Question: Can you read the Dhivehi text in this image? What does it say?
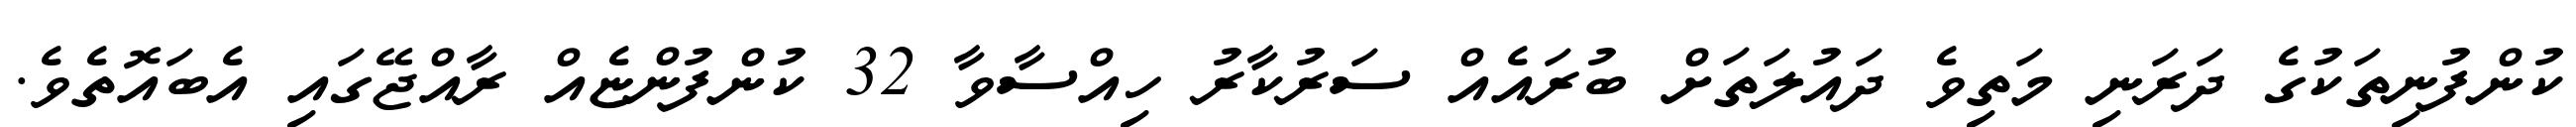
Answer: ކުންފުނިތަކުގެ ދަރަނި މަތިވެ ދައުލަތަށް ބުރައެއް ސަރުކާރު ހިއްސާވާ 32 ކުންފުންޏެއް ރާއްޖޭގައި އެބައޮތެވެ.